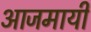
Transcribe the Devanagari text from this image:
आजमायी